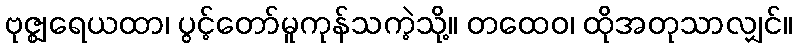
ဗုဇ္ဈရေယထာ၊ ပွင့်တော်မူကုန်သကဲ့သို့။ တထေဝ၊ ထိုအတုသာလျှင်။